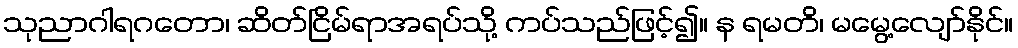
သုညာဂါရဂတော၊ ဆိတ်ငြိမ်ရာအရပ်သို့ ကပ်သည်ဖြင့်၍။ န ရမတိ၊ မမွေ့လျော်နိုင်။